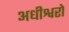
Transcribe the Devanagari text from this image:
अधीश्वरो